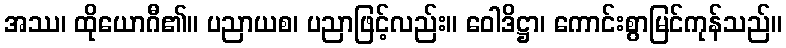
အဿ၊ ထိုယောဂီ၏။ ပညာယစ၊ ပညာဖြင့်လည်း။ ဝေါဒိဋ္ဌာ၊ ကောင်းစွာမြင်ကုန်သည်။